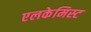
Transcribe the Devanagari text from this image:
एलकेमिस्ट